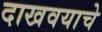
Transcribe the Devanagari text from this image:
दाखवयाचे